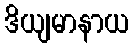
ဒိယျမာနာယ